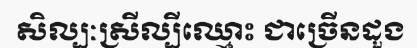
សិល្បៈស្រីល្បីឈ្មោះ ជាច្រើនដួង